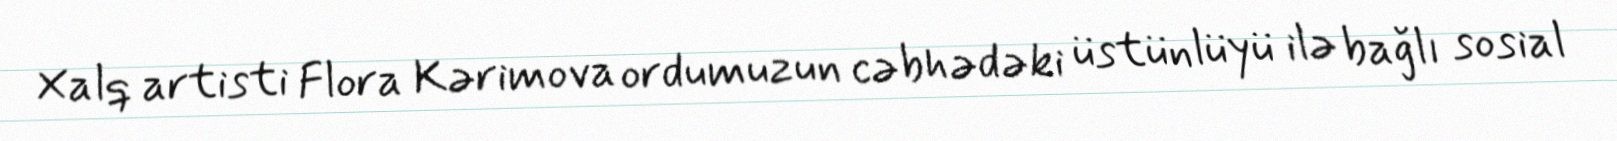
Xalq artisti Flora Kərimova ordumuzun cəbhədəki üstünlüyü ilə bağlı sosial